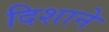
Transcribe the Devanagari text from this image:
दिशाने